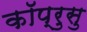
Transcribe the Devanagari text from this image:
कॉप्रुसु